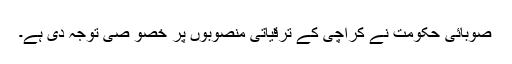
صوبائی حکومت نے کراچی کے ترقیاتی منصوبوں پر خصو صی توجہ دی ہے۔